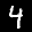
Label: 4